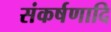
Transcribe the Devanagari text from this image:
संकर्षणादि